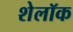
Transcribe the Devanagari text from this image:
शेलॉक